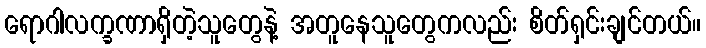
ရောဂါလက္ခဏာရှိတဲ့သူတွေနဲ့ အတူနေသူတွေကလည်း စိတ်ရှင်းချင်တယ်။